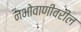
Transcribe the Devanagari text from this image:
नभोवाणीवरील